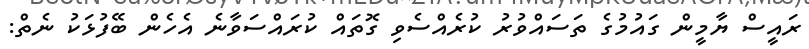
ރައީސް ޔާމީން ގައުމުގެ ތަސައްވުރު ކުރެއްސެވި ގޮތައް ކުރައްސަވާނެ އެހެން ބޭފުޅަކު ނެތް: